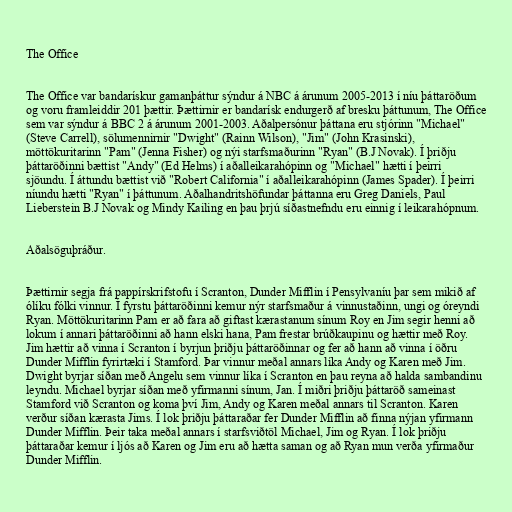
The Office

The Office var bandarískur gamanþáttur sýndur á NBC á árunum 2005-2013 í níu þáttaröðum
og voru framleiddir 201 þættir. Þættirnir er bandarísk endurgerð af bresku þáttunum, The Office
sem var sýndur á BBC 2 á árunum 2001-2003. Aðalpersónur þáttana eru stjórinn "Michael"
(Steve Carrell), sölumennirnir "Dwight" (Rainn Wilson), "Jim" (John Krasinski),
möttökuritarinn "Pam" (Jenna Fisher) og nýi starfsmaðurinn "Ryan" (B.J Novak). Í þriðju
þáttaröðinni bættist "Andy" (Ed Helms) í aðalleikarahópinn og "Michael" hætti í þeirri
sjöundu. Í áttundu bættist við "Robert California" í aðalleikarahópinn (James Spader). Í þeirri
níundu hætti "Ryan" í þáttunum. Aðalhandritshöfundar þáttanna eru Greg Daniels, Paul
Lieberstein B.J Novak og Mindy Kailing en þau þrjú síðastnefndu eru einnig í leikarahópnum.

Aðalsöguþráður.

Þættirnir segja frá pappírskrifstofu í Scranton, Dunder Mifflin í Pensylvaníu þar sem mikið af
ólíku fólki vinnur. Í fyrstu þáttaröðinni kemur nýr starfsmaður á vinnustaðinn, ungi og óreyndi
Ryan. Möttökuritarinn Pam er að fara að giftast kærastanum sínum Roy en Jim segir henni að
lokum í annari þáttaröðinni að hann elski hana, Pam frestar brúðkaupinu og hættir með Roy.
Jim hættir að vinna í Scranton í byrjun þriðju þáttaröðinnar og fer að hann að vinna í öðru
Dunder Mifflin fyrirtæki í Stamford. Þar vinnur meðal annars líka Andy og Karen með Jim.
Dwight byrjar síðan með Angelu sem vinnur líka í Scranton en þau reyna að halda sambandinu
leyndu. Michael byrjar síðan með yfirmanni sínum, Jan. Í miðri þriðju þáttaröð sameinast
Stamford við Scranton og koma því Jim, Andy og Karen meðal annars til Scranton. Karen
verður síðan kærasta Jims. Í lok þriðju þáttaraðar fer Dunder Mifflin að finna nýjan yfirmann
Dunder Mifflin. Þeir taka meðal annars í starfsviðtöl Michael, Jim og Ryan. Í lok þriðju
þáttaraðar kemur í ljós að Karen og Jim eru að hætta saman og að Ryan mun verða yfirmaður
Dunder Mifflin.